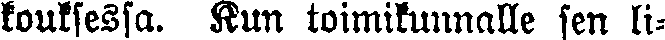
kouksessa. Kun toimikunnalle sen li-